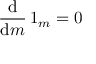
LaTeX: { \frac { \mathrm { d } } { \mathrm { d } m } } \, 1 _ { m } = 0